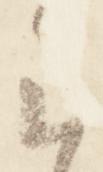
云